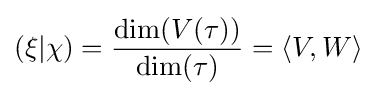
(\xi |\chi )={\frac {\dim(V(\tau ))}{\dim(\tau )}}=\langle V,W\rangle